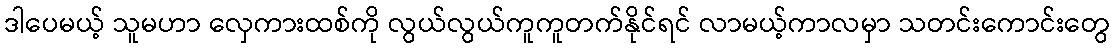
ဒါပေမယ့် သူမဟာ လှေကားထစ်ကို လွယ်လွယ်ကူကူတက်နိုင်ရင် လာမယ့်ကာလမှာ သတင်းကောင်းတွေ